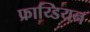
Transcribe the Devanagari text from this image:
फ्राय्डियन